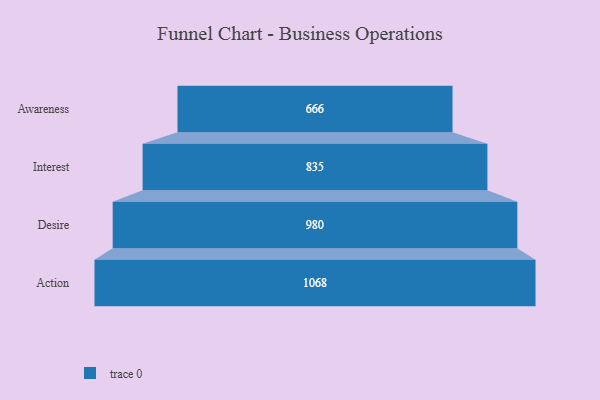
{"axis": {"x": "Stage", "y": "Value"}, "legend": [""], "data": [{"x": "Awareness", "y": 666.0, "type": ""}, {"x": "Interest", "y": 835.0, "type": ""}, {"x": "Desire", "y": 980.0, "type": ""}, {"x": "Action", "y": 1068.0, "type": ""}]}